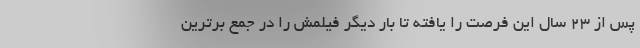
پس از ۲۳ سال این فرصت را یافته تا بار دیگر فیلمش را در جمع برترین